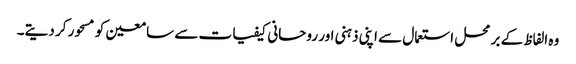
وہ الفاظ کے بر محل استعمال سے اپنی ذہنی اور روحانی کیفیات سے سامعین کو مسحور کر دیتے۔